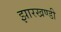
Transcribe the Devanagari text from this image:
झारखण्‍डी